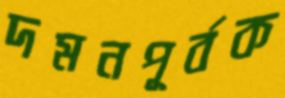
দমনপূর্বক